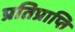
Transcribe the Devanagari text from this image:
प्रतिप्राप्ति